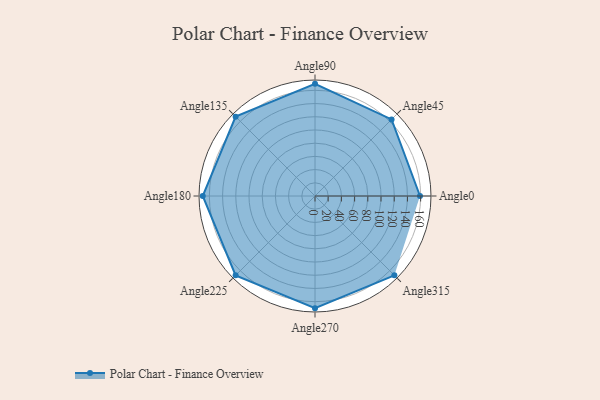
{"axis": {"x": "Angle", "y": "Radius"}, "legend": [""], "data": [{"x": "Angle0", "y": 159.0, "type": ""}, {"x": "Angle45", "y": 164.0, "type": ""}, {"x": "Angle90", "y": 170, "type": ""}, {"x": "Angle135", "y": 170, "type": ""}, {"x": "Angle180", "y": 170, "type": ""}, {"x": "Angle225", "y": 170, "type": ""}, {"x": "Angle270", "y": 170, "type": ""}, {"x": "Angle315", "y": 170, "type": ""}]}